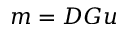
m = D G u